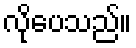
လိုပေသည်။